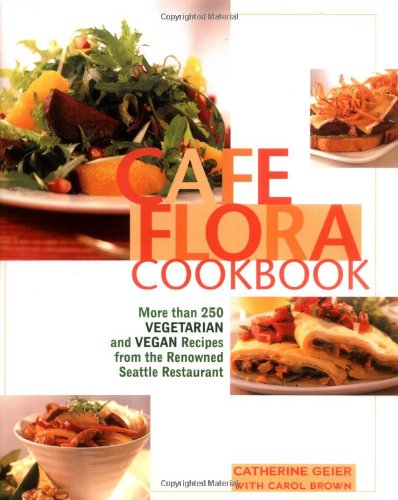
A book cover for Cafe Flora Cookbook; Catherine Geier; Cookbooks, Food & Wine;